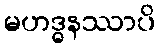
မဟဒ္ဓနဿာပိ